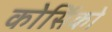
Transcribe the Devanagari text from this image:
कोर्सिको